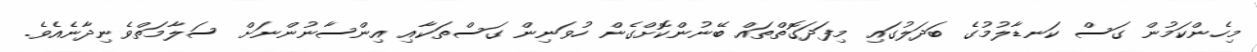
މިހެންކަމުން ގަސް ކަނޑާލުމުގެ ބަދަލުގައި މިފަދަގޮތްތައް ބޭނުންކޮށްގެން ހުވަނިން ގަސްތަކާއި އިންސާނުންނަށް ސަލާމަތްވެނިދާނެއެވެ.